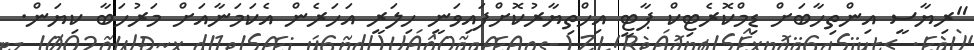
"ރިޔާސީ އިންތިހާބަށް ޑިމްކޮރެޓިކް ޕާޓީ އިހްތިޔާރުކޮށްފައިވަނީ ހިލަރީ އަހަރެން އެކަމަނާއަށް މަރުހަބާ ކިޔަން.